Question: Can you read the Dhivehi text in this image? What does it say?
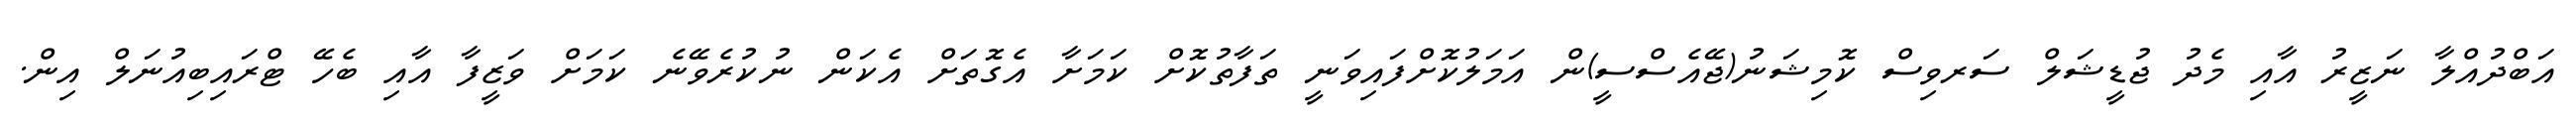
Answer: އަބްދުއްލާ ނަޒީރު އާއި މެދު ޖުޑީޝަލް ސަރވިސް ކޮމިޝަނު(ޖޭއެސްސީ)ން އަމަލުކޮށްފައިވަނީ ތަފާތުކޮށް ކަމަށާ އެގޮތަށް އެކަން ނުކުރެވޭނެ ކަމަށް ވަޒީފާ އާއި ބެހޭ ޓްރައިބިއުނަލް އިން.